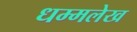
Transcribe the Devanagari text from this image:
धम्मलेख